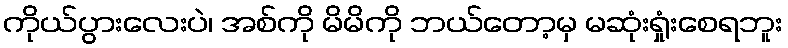
ကိုယ်ပွားလေးပဲ၊ အစ်ကို မိမိကို ဘယ်တော့မှ မဆုံးရှုံးစေရဘူး